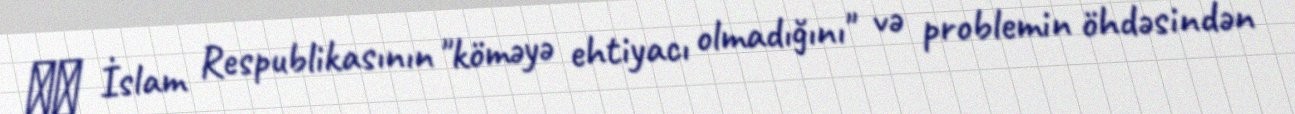
⚫️ İslam Respublikasının "köməyə ehtiyacı olmadığını" və problemin öhdəsindən